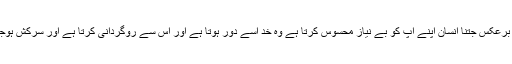
اس کے برعکس جتنا انسان اپنے آپ کو بے نیاز محسوس کرتا ہے وہ خد اسے دُور ہوتا ہے اور اس سے روگردانی کرتا ہے اور سرکش ہوجاتا ہے ۔